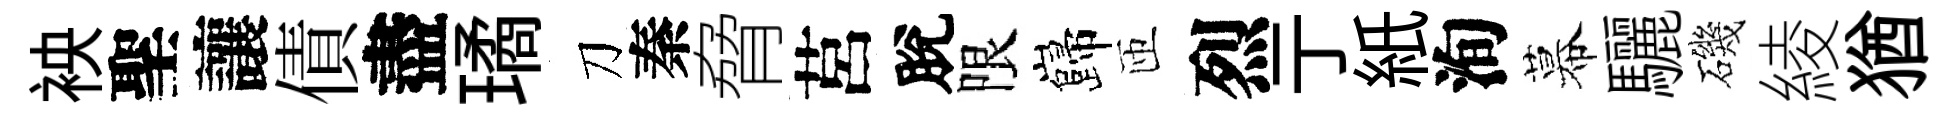
䘧聖讓債盡璚刀秦脅莒脫限巋匝烈亍紙洵幕驪磯綾猶